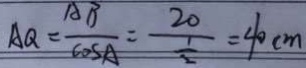
A Q = \frac { A B } { \cos A } = \frac { 2 0 } { \frac { 1 } { 2 } } = 4 0 c m